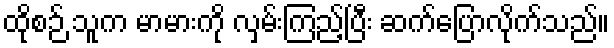
ထိုစဉ် သူက မာမားကို လှမ်းကြည့်ပြီး ဆက်ပြောလိုက်သည်။